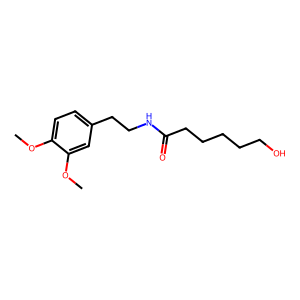
SMILES: COc1ccc(CCNC(=O)CCCCCO)cc1OC
Inhibits HIV replication: No